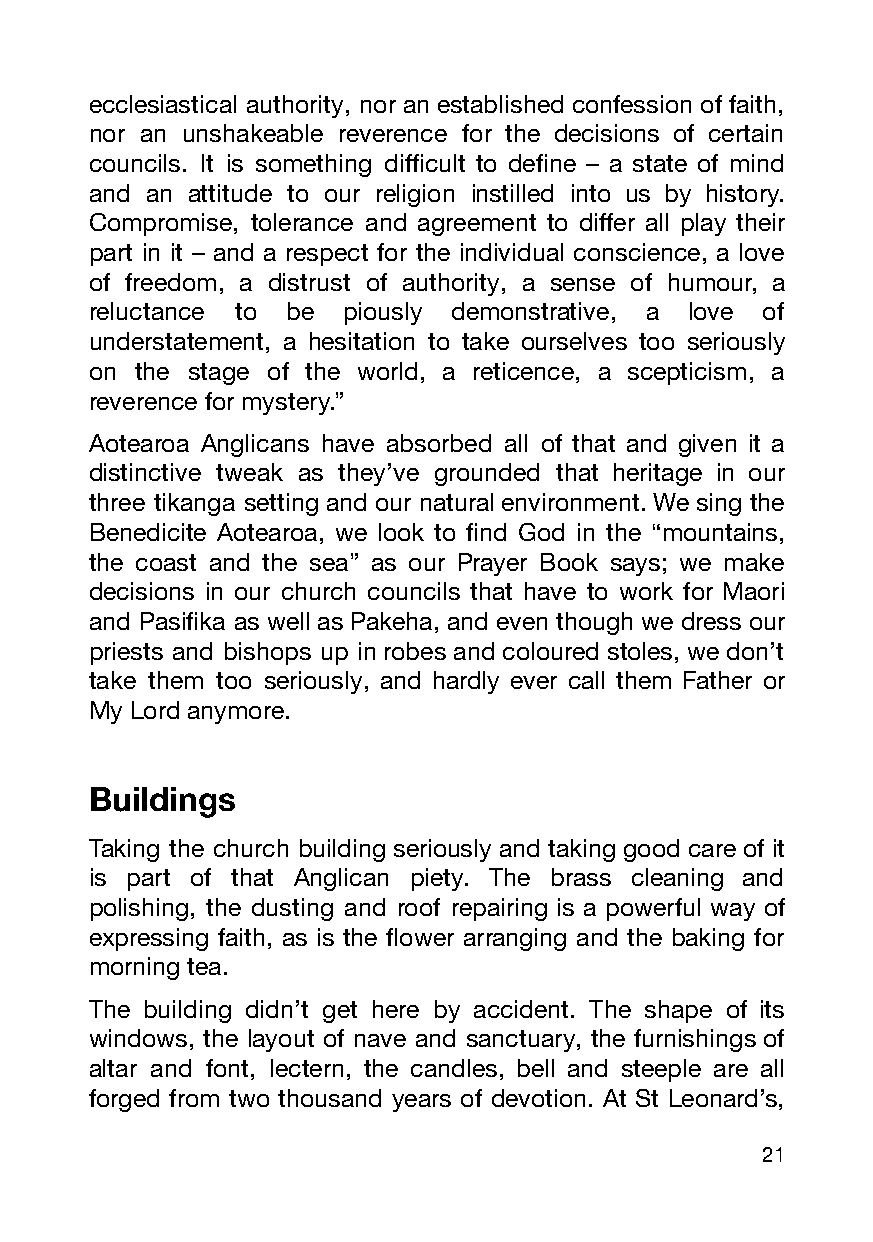
ecclesiastical authority, nor an established confession of faith,
 nor an unshakeable reverence for the decisions of certain
 councils. It is something difficult to define – a state of mind
 and an attitude to our religion instilled into us by history.
 Compromise, tolerance and agreement to differ all play their
 part in it – and a respect for the individual conscience, a love
 of freedom, a distrust of authority, a sense of humour, a
 reluctance to be piously demonstrative, a love of
 understatement, a hesitation to take ourselves too seriously
 on the stage of the world, a reticence, a scepticism, a
 reverence for mystery.”
 Aotearoa Anglicans have absorbed all of that and given it a
 distinctive tweak as they’ve grounded that heritage in our
 three tikanga setting and our natural environment. We sing the
 Benedicite Aotearoa, we look to find God in the “mountains,
 the coast and the sea” as our Prayer Book says; we make
 decisions in our church councils that have to work for Maori
 and Pasifika as well as Pakeha, and even though we dress our
 priests and bishops up in robes and coloured stoles, we don’t
 take them too seriously, and hardly ever call them Father or
 My Lord anymore.
 Buildings
 Taking the church building seriously and taking good care of it
 is part of that Anglican piety. The brass cleaning and
 polishing, the dusting and roof repairing is a powerful way of
 expressing faith, as is the flower arranging and the baking for
 morning tea.
 The building didn’t get here by accident. The shape of its
 windows, the layout of nave and sanctuary, the furnishings of
 altar and font, lectern, the candles, bell and steeple are all
 forged from two thousand years of devotion. At St Leonard’s,
 21